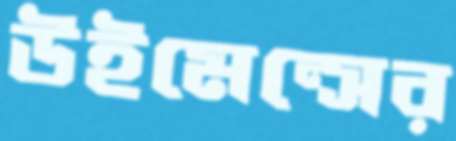
উইমেন্সের